Code of medical and sanitary regulations for the guidance of medical officers serving in the Madras Presidency - Volume II
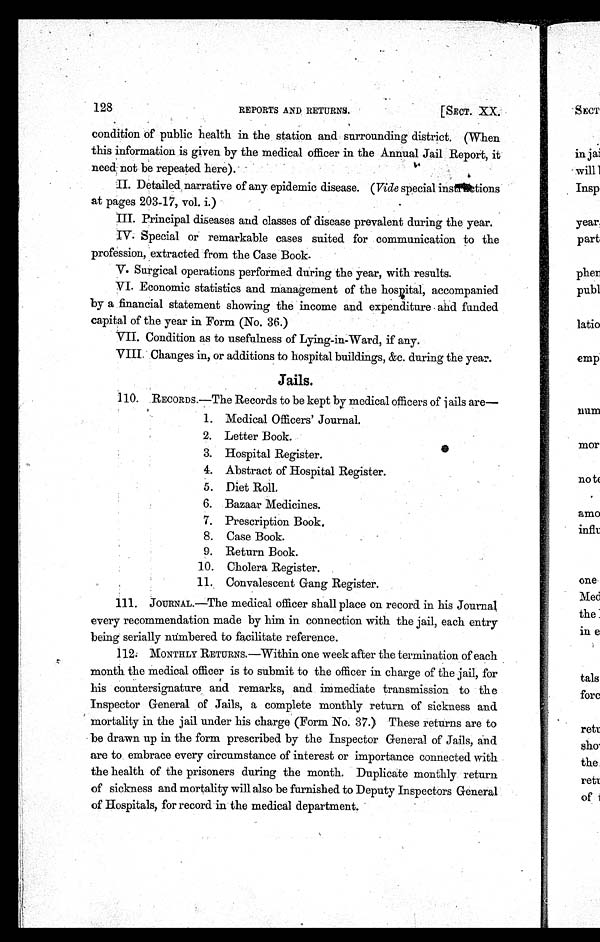
128
REPORTS AND RETURNS.
[SECT. XX.
condition of public health in the station and surrounding district. (When
this information is given by the medical officer in the Annual Jail Report, it
need not be repeated here).
II. Detailed, narrative of any epidemic disease. (Vide special instructions
at pages 203-17, vol. i.)
III. Principal diseases and classes of disease prevalent during the year.
IV. Special or remarkable cases suited for communication to the
profession, extracted from the Case Book
.
V. Surgical operations performed during the year, with results.
VI. Economic statistics and management of the hospital, accompanied
by a financial statement showing the income and expenditure and funded
capital of the year in Form (No. 36.)
VII. Condition as to usefulness of Lying-in-Ward, if any.
VIII. Changes in, or additions to hospital buildings, &c. during the year.
Jails.
110. RECORDS.—The Records to be kept by medical officers of jails are
—
1. Medical Officers' Journal.
2. Letter Book.
3. Hospital Register.
4. Abstract of Hospital Register.
5. Diet Roll.
6. Bazaar Medicines.
7. Prescription Book.
8. Case Book.
9. Return Book.
10. Cholera Register.
11. Convalescent Gang Register.
111. JOURNAL.—The medical officer shall place on record in his Journal
every recommendation made by him in connection with the jail, each entry
being serially numbered to facilitate reference.
112. MONTHLY RETURNS.—Within one week after the termination of each
month the medical officer is to submit to the officer in charge of the jail, for
his countersignature and remarks, and immediate transmission to the
Inspector General of Jails, a complete monthly return of sickness and
mortality in the jail under his charge (Form No. 37.) These returns are to
be drawn up in the form prescribed by the Inspector General of Jails, and
are to embrace every circumstance of interest or importance connected with
the health of the prisoners during the month. Duplicate monthly return
of sickness and mortality will also be furnished to Deputy Inspectors General
of Hospitals, for record in the medical department.